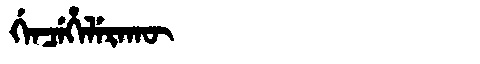
Manchu: ᡤᡝᠨᠴᡝᡥᡝᠯᡝᡵᠠᡴᡡ
Romanization: GENCEHELERAKŪ